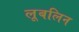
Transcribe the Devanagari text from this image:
लूबलिन